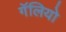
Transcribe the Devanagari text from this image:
गॅलियो